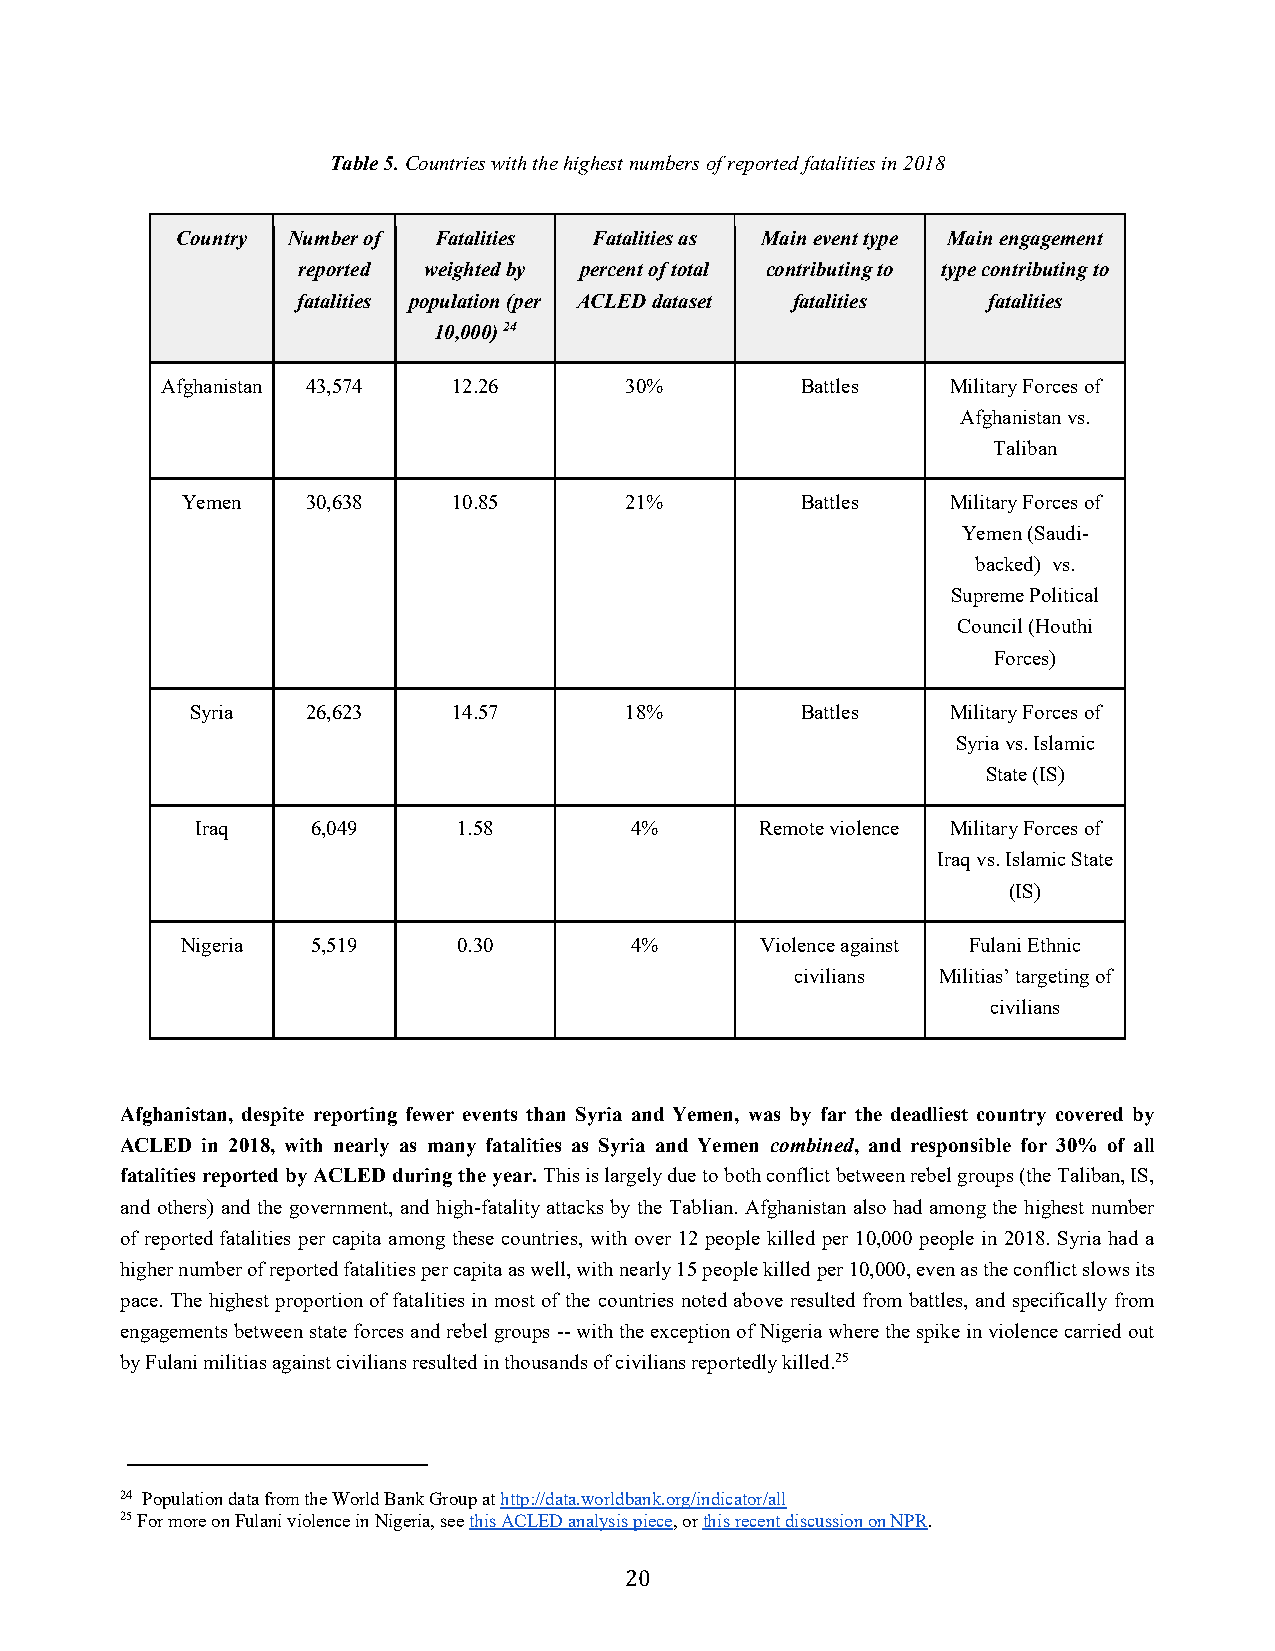
Table 5. Countries with the highest numbers of reported fatalities in 2018
 Country Number of Fatalities Fatalities as Main event type Main engagement
 reported weighted by percent of total contributing to type contributing to
 fatalities population (per ACLED dataset fatalities fatalities
 10,000) 24
 Afghanistan 43,574 12.26      30%         Battles   Military Forces of
 Afghanistan vs.
 Taliban
 Yemen   30,638    10.85      21%         Battles   Military Forces of
 Yemen (Saudi-
 backed) vs.
 Supreme Political
 Council (Houthi
 Forces)
 Syria  26,623    14.57      18%         Battles   Military Forces of
 Syria vs. Islamic
 State (IS)
 Iraq    6,049    1.58        4%      Remote violence Military Forces of
 Iraq vs. Islamic State
 (IS)
 Nigeria  5,519    0.30        4%      Violence against Fulani Ethnic
 civilians Militias’ targeting of
 civilians
 Afghanistan, despite reporting fewer events than Syria and Yemen, was by far the deadliest country covered by
 ACLED in 2018, with nearly as many fatalities as Syria and Yemen combined, and responsible for 30% of all
 fatalities reported by ACLED during the year. This is largely due to both conflict between rebel groups (the Taliban, IS,
 and others) and the government, and high-fatality attacks by the Tablian. Afghanistan also had among the highest number
 of reported fatalities per capita among these countries, with over 12 people killed per 10,000 people in 2018. Syria had a
 higher number of reported fatalities per capita as well, with nearly 15 people killed per 10,000, even as the conflict slows its
 pace. The highest proportion of fatalities in most of the countries noted above resulted from battles, and specifically from
 engagements between state forces and rebel groups -- with the exception of Nigeria where the spike in violence carried out
 by Fulani militias against civilians resulted in thousands of civilians reportedly killed.25
 24 Population data from the World Bank Group at http://data.worldbank.org/indicator/all
 25 For more on Fulani violence in Nigeria, see this ACLED analysis piece, or this recent discussion on NPR.
 20